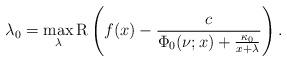
LaTeX: \begin{align*}\lambda_0=\max_{\lambda}\mathrm{R}\left(f(x)-\frac{c}{\Phi_0(\nu;x)+\frac{\kappa_0}{x+\lambda}}\right).\end{align*}